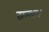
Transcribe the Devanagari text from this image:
ग्रन्थः।